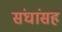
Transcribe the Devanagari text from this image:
संघांसह